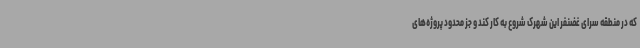
که در منطقه سرای غضنفر این شهرک شروع به کار کند و جز محدود پروژه‌های